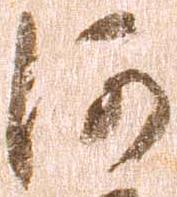
河